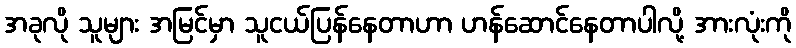
အခုလို သူများ အမြင်မှာ သူငယ်ပြန်နေတာဟာ ဟန်ဆောင်နေတာပါလို့ အားလုံးကို